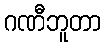
ဂဏီဘူတာ